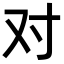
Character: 对